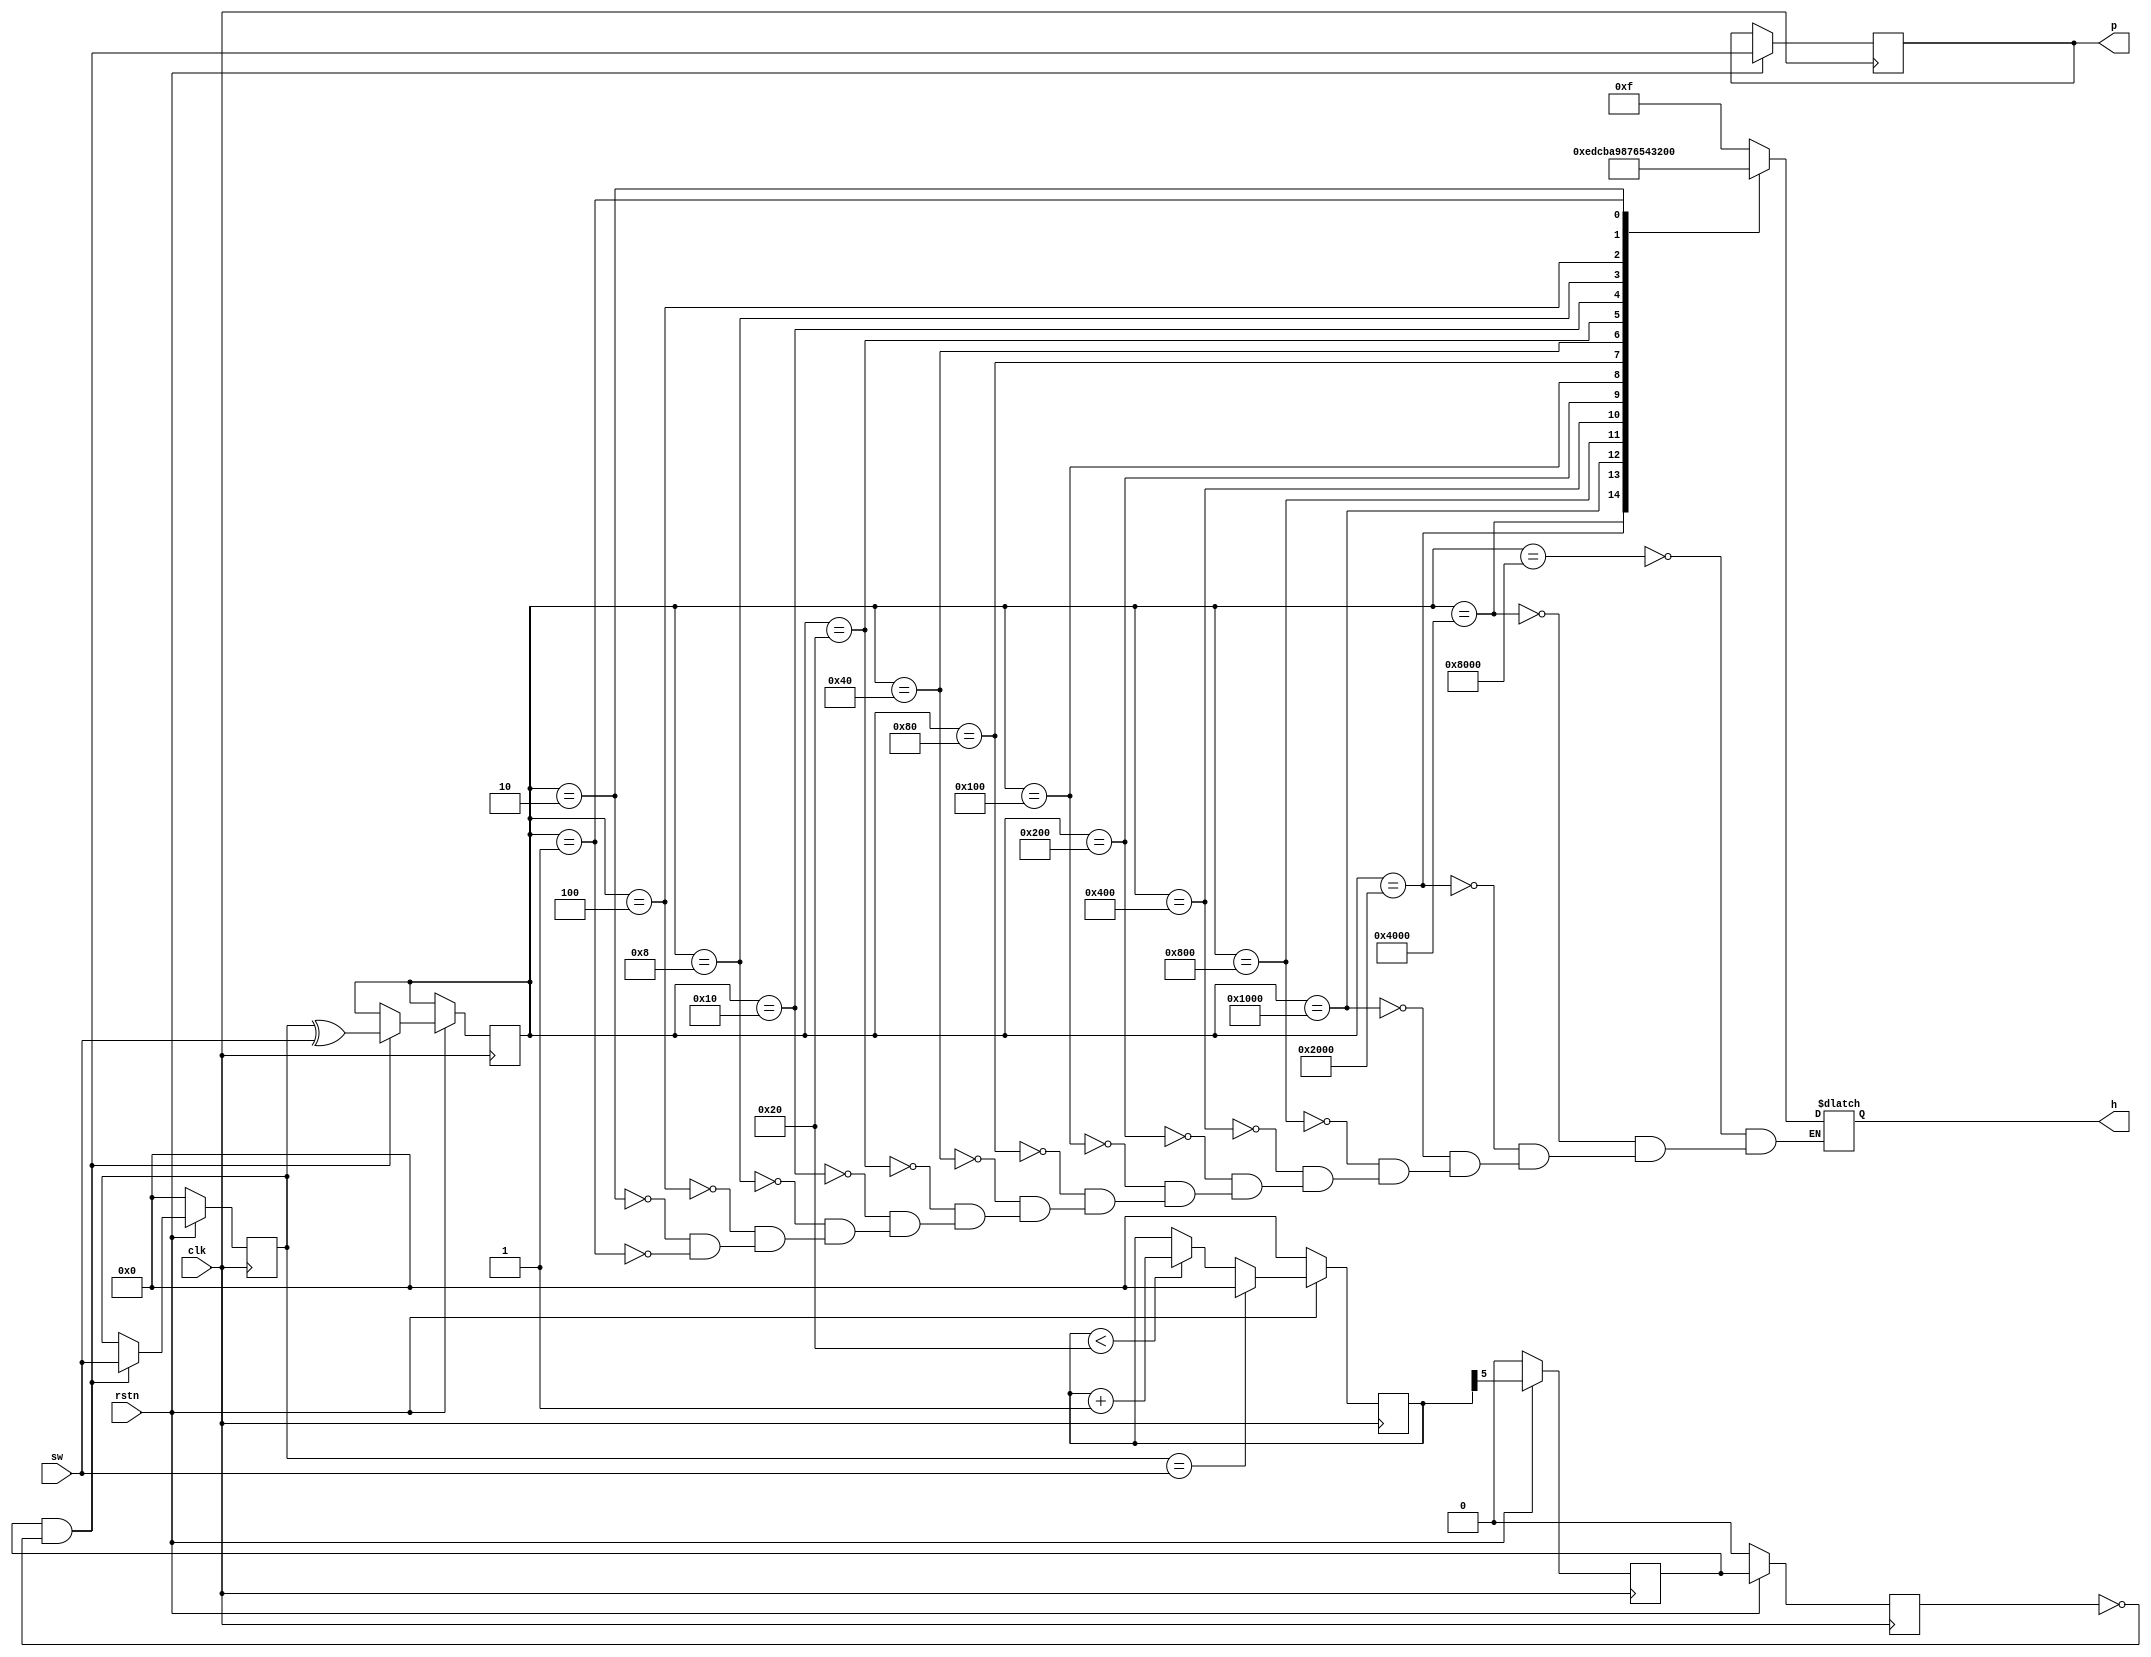
module switch (
    input clk, rstn,
    input [15:0] sw,
    output reg [3:0] h,
    output reg p
);

reg [15:0] cnt;
reg en1, en2;
reg [15:0] in;
reg [15:0] tmp;
wire test;
assign test = tmp ^ sw;

//  every time a switch is changed, return its corresponding number and set p to valid
always@(posedge clk)
begin
    if (~rstn)begin
        cnt <= 0;
        en1 <= 0;
        en2 <= 0;
        tmp <= 0;
    end
    else begin
        if (tmp == sw)
            cnt <= 0;
        else if (cnt < 16'h20)
            cnt <= cnt + 1;
        en1 <= cnt[5];
        en2 <= en1;
        if (en1 & ~en2)
        begin
            tmp <= sw;
            in <= tmp^sw;
        end
        p <= en1 & ~en2;
    end
end



//  encode the switch number
always@(*)
begin
    case (in)
        16'b1000000000000000: h = 4'hf;
        16'b0100000000000000: h = 4'he;
        16'b0010000000000000: h = 4'hd;
        16'b0001000000000000: h = 4'hc;
        16'b0000100000000000: h = 4'hb;
        16'b0000010000000000: h = 4'ha;
        16'b0000001000000000: h = 4'h9;
        16'b0000000100000000: h = 4'h8;
        16'b0000000010000000: h = 4'h7;
        16'b0000000001000000: h = 4'h6;
        16'b0000000000100000: h = 4'h5;
        16'b0000000000010000: h = 4'h4;
        16'b0000000000001000: h = 4'h3;
        16'b0000000000000100: h = 4'h2;
        16'b0000000000000010: h = 4'h1;
        16'b0000000000000001: h = 4'h0;   
    endcase
end


endmodule